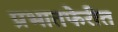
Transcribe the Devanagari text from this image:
प्रभातफेरीत